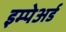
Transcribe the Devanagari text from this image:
इम्पेअर्ड